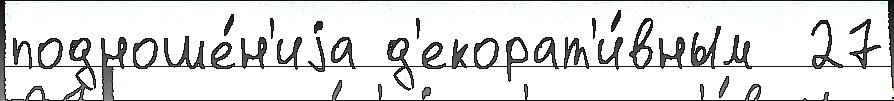
подноше́н'иjа д'екорат'и́вным  27